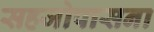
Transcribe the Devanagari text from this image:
सहजोपासना